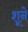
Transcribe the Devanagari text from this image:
शूने